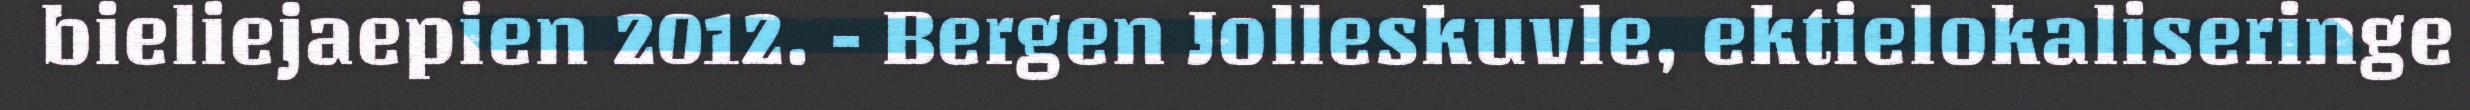
bieliejaepien 2012. - Bergen Jolleskuvle, ektielokaliseringe